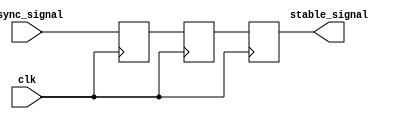
module TwoFF_Metastability_Detector (
    input wire clk,               // Clock signal
    input wire async_signal,      // Asynchronous input signal
    output reg stable_signal       // Stable output signal
);

    // Internal flip-flops
    reg ff1, ff2;

    // First flip-flop (FF1)
    always @(posedge clk) begin
        ff1 <= async_signal;       // Sample the asynchronous signal
    end

    // Second flip-flop (FF2)
    always @(posedge clk) begin
        ff2 <= ff1;                // Sample the output of FF1
    end

    // Output stable signal
    always @(posedge clk) begin
        stable_signal <= ff2;      // Output the stable signal
    end

endmodule